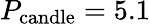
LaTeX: P_{\mathrm{candle}}=5.1